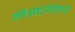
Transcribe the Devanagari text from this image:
लॉसएंजेलिस